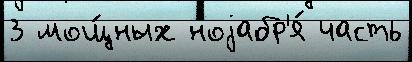
3 мощ́ных ноjабр'я́ часть